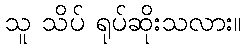
သူ သိပ် ရုပ်ဆိုးသလား။